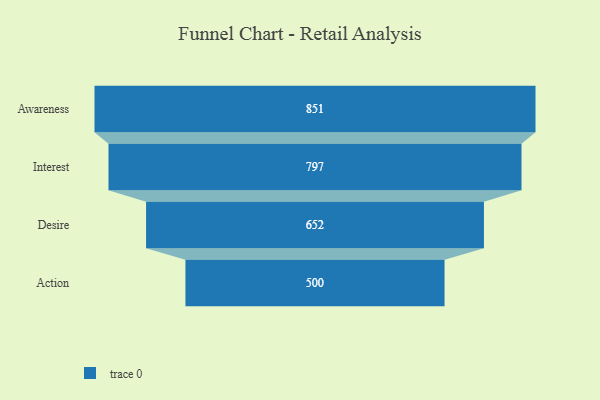
{"axis": {"x": "Stage", "y": "Value"}, "legend": [""], "data": [{"x": "Awareness", "y": 851.0, "type": ""}, {"x": "Interest", "y": 797.0, "type": ""}, {"x": "Desire", "y": 652.0, "type": ""}, {"x": "Action", "y": 500, "type": ""}]}